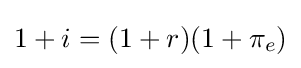
1+i=(1+r)(1+\pi _{e})